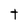
Character: T